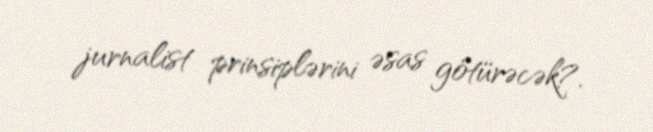
jurnalist prinsiplərini əsas götürəcək?.